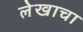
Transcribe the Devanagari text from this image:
लेेखाचा